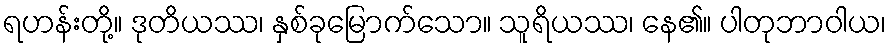
ရဟန်းတို့။ ဒုတိယဿ၊ နှစ်ခုမြောက်သော။ သူရိယဿ၊ နေ၏။ ပါတုဘာဝါယ၊